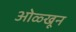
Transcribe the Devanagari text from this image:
ओळ्खून